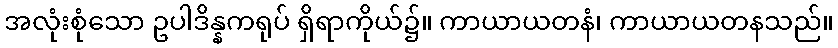
အလုံးစုံသော ဥပါဒိန္နကရုပ် ရှိရာကိုယ်၌။ ကာယာယတနံ၊ ကာယာယတနသည်။